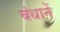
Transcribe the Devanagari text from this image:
बंधानें